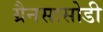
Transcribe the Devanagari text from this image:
ग्रैनसासोडी